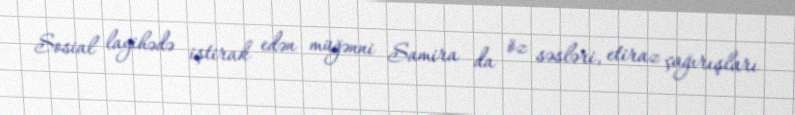
Sosial layihədə iştirak edən müğənni Samira da öz səsləri, etiraz çağırışları